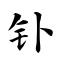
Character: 钋